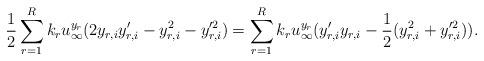
LaTeX: \begin{align*}\frac 12 \sum_{r=1}^{R}k_ru_{\infty}^{y_r}(2y_{r,i}y_{r,i}' - y_{r,i}^2 - y_{r,i}'^2) = \sum_{r=1}^{R}k_ru_{\infty}^{y_r}(y_{r,i}'y_{r,i} - \frac{1}{2}(y_{r,i}^2 + y_{r,i}'^2)).\end{align*}